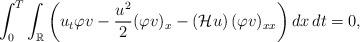
LaTeX: \begin{align*}\int_{0}^{T} \int_{\mathbb{R}} \left( u_{t} \varphi v - \frac{u^{2}}{2} (\varphi v)_{x} - \left(\mathcal{H}u\right) (\varphi v)_{xx} \right) dx\,dt = 0,\end{align*}